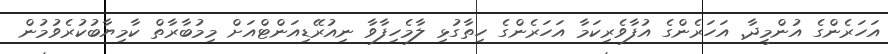
އަހަރެންގެ އުންމީދާ